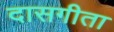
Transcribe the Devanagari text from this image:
दासगीता